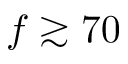
f \gtrsim 7 0